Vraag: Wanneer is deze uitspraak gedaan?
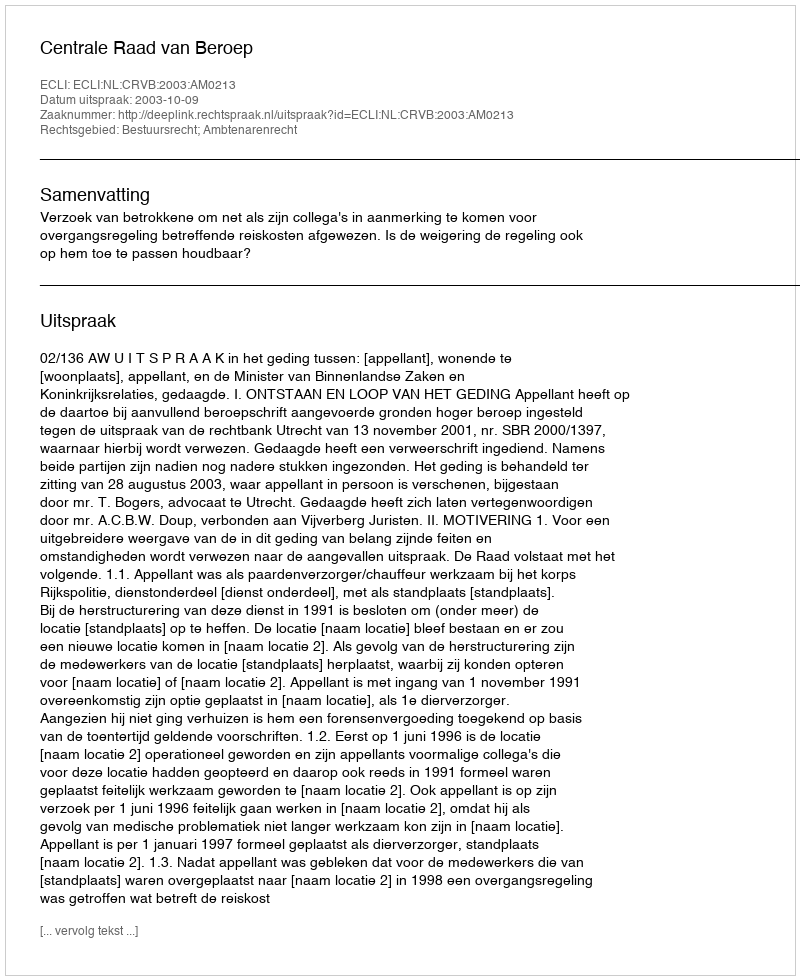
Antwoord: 2003-10-09